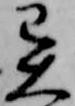
異